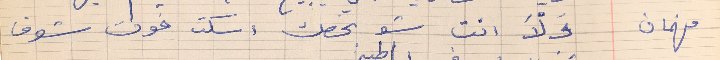
فهمان      وَلّاَ انت شو بخصك اسكت فوت شوف